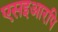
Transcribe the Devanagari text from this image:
एसइआरपि